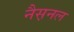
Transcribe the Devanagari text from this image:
नैस़नल